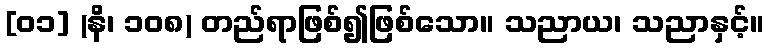
[၀၁] (နိ၊ ၁၀၈) တည်ရာဖြစ်၍ဖြစ်သော။ သညာယ၊ သညာနှင့်။